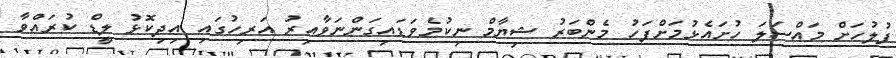
ފުލުހަށް މައްސަލަ ހުށައެޅުމަށްފަހު މެންބަރު ޝިޔާމް ނިކުމެވަޑައިގަންނަވާއިރު އަރިހުގައި އިދިކޮޅު ލީޑް ކުރައްވާ